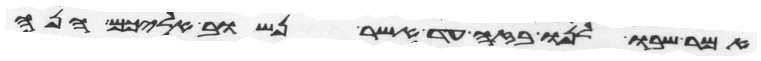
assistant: אמר שבו לנו בזה עד אשר נשוב אליכם הנה